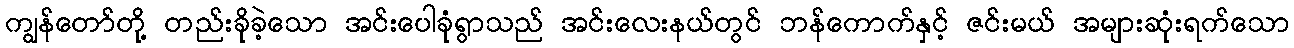
ကျွန်တော်တို့ တည်းခိုခဲ့သော အင်းပေါခုံရွာသည် အင်းလေးနယ်တွင် ဘန်ကောက်နှင့် ဇင်းမယ် အများဆုံးရက်သော